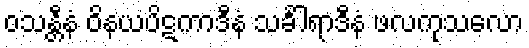
ဝသန္တီနံ ဝိနယပိဋကာဒီနံ သင်္ခါရာဒီနံ ဖလကုသလော